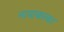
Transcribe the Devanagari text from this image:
नायाकाका